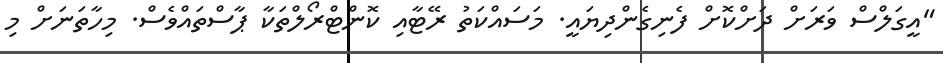
"އީގަލްސް ވަރަށް ދަށްކޮށް ފެނިގެންދިޔައީ. މަސައްކަތު ރޭޓާއި ކޮންޓްރޯލްތަކާ ޕާސްތައްވެސް. މިހާތަނަށް މި